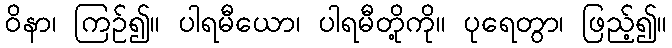
ဝိနာ၊ ကြဉ်၍။ ပါရမီယော၊ ပါရမီတို့ကို။ ပုရေတွာ၊ ဖြည့်၍။